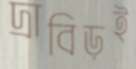
দ্রাবিড়ই